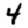
Digit: 4